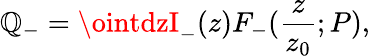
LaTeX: \mathbb{Q}_{-}=\ointdzI_{-}(z)F_{-}({\frac{{z}}{{z_{0}}}};P),